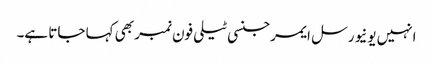
انہیں یونیورسل ایمرجنسی ٹیلی فون نمبر بھی کہا جاتا ہے۔